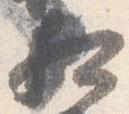
相